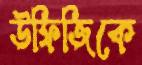
উফিজিকে